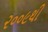
૨૦૦૯થી